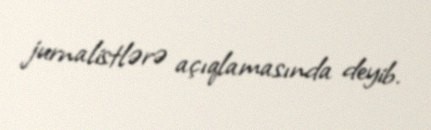
jurnalistlərə açıqlamasında deyib.